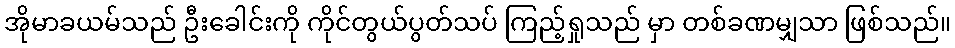
အိုမာခယမ်သည် ဦးခေါင်းကို ကိုင်တွယ်ပွတ်သပ် ကြည့်ရှုသည် မှာ တစ်ခဏမျှသာ ဖြစ်သည်။